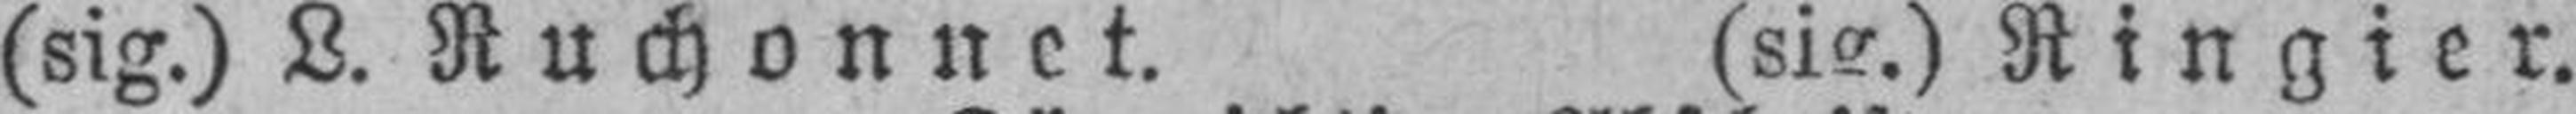
(sig.) L. Ruchonnet. (sig.) Ringier.